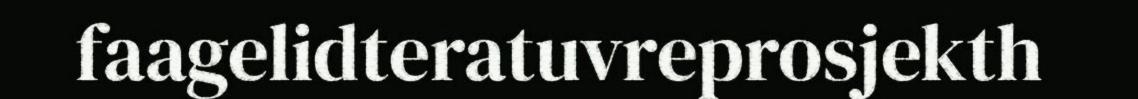
faagelidteratuvreprosjekth